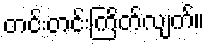
တင်းတင်းကြိတ်လျက်။